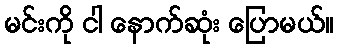
မင်းကို ငါ နောက်ဆုံး ပြောမယ်။